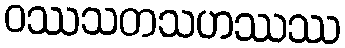
ဝဿသတသဟဿဿ